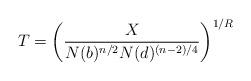
LaTeX: \begin{align*} T= \left( \frac {X}{N(b)^{n/2}N(d)^{(n-2)/4}} \right)^{1/R}\end{align*}